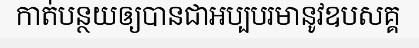
កាត់បន្ថយឲ្យបានជាអប្បបរមានូវឧបសគ្គ